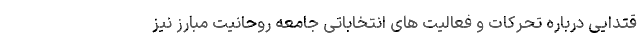
قتدایی درباره تحرکات و فعالیت های انتخاباتی جامعه روحانیت مبارز نیز